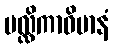
မလ္လိကာဝိမာနံ